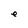
Character: e